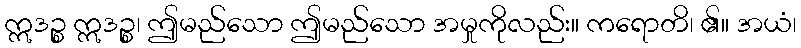
ဣဒဉ္စ ဣဒဉ္စ၊ ဤမည်သော ဤမည်သော အမှုကိုလည်း။ ကရောတိ၊ ၏။ အယံ၊